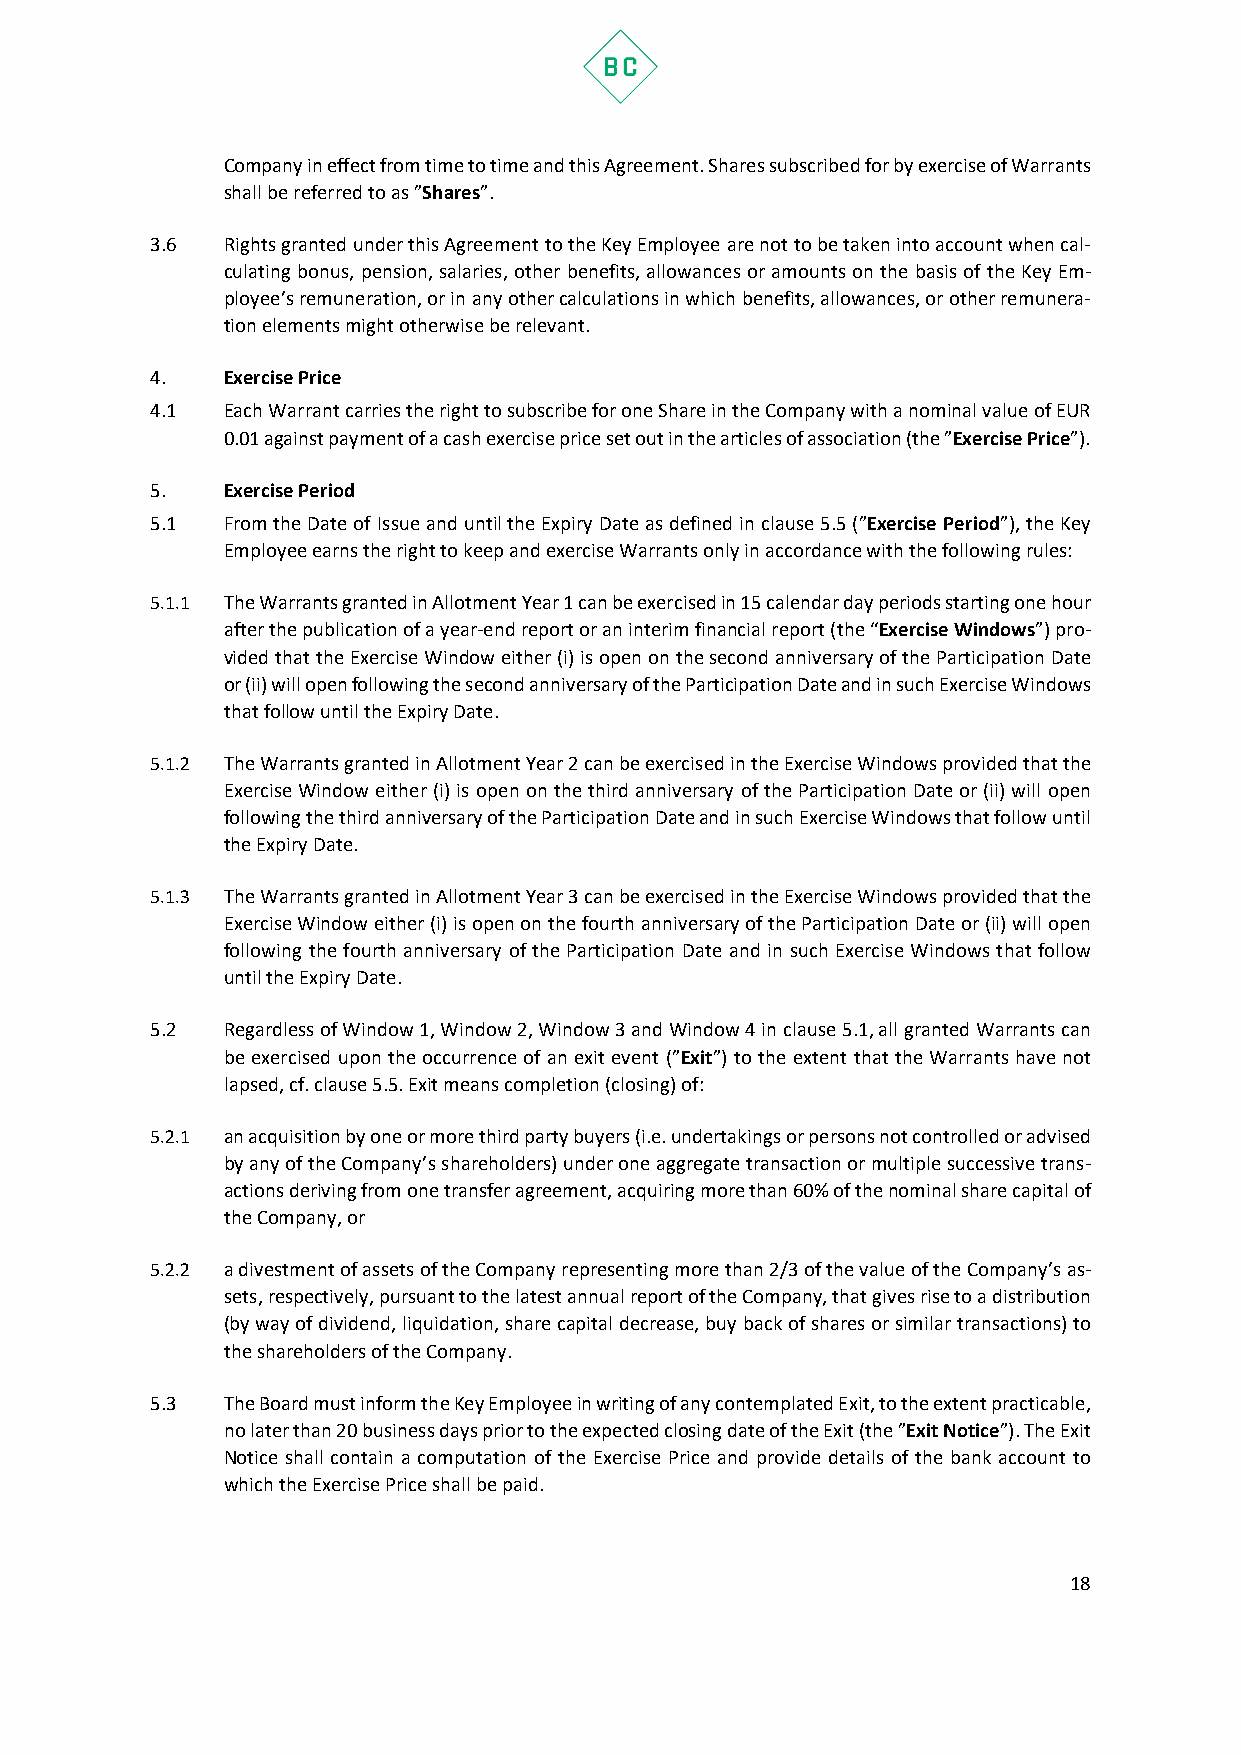
Company in effect from time to time and this Agreement. Shares subscribed for by exercise of Warrants
 shall be referred to as ”Shares”.
 3.6  Rights granted under this Agreement to the Key Employee are not to be taken into account when cal-
 culating bonus, pension, salaries, other benefits, allowances or amounts on the basis of the Key Em-
 ployee’s remuneration, or in any other calculations in which benefits, allowances, or other remunera-
 tion elements might otherwise be relevant.
 4.   Exercise Price
 4.1  Each Warrant carries the right to subscribe for one Share in the Company with a nominal value of EUR
 0.01 against payment of a cash exercise price set out in the articles of association (the ”Exercise Price”).
 5.   Exercise Period
 5.1  From the Date of Issue and until the Expiry Date as defined in clause 5.5 (”Exercise Period”), the Key
 Employee earns the right to keep and exercise Warrants only in accordance with the following rules:
 5.1.1 The Warrants granted in Allotment Year 1 can be exercised in 15 calendar day periods starting one hour
 after the publication of a year-end report or an interim financial report (the “Exercise Windows”) pro-
 vided that the Exercise Window either (i) is open on the second anniversary of the Participation Date
 or (ii) will open following the second anniversary of the Participation Date and in such Exercise Windows
 that follow until the Expiry Date.
 5.1.2 The Warrants granted in Allotment Year 2 can be exercised in the Exercise Windows provided that the
 Exercise Window either (i) is open on the third anniversary of the Participation Date or (ii) will open
 following the third anniversary of the Participation Date and in such Exercise Windows that follow until
 the Expiry Date.
 5.1.3 The Warrants granted in Allotment Year 3 can be exercised in the Exercise Windows provided that the
 Exercise Window either (i) is open on the fourth anniversary of the Participation Date or (ii) will open
 following the fourth anniversary of the Participation Date and in such Exercise Windows that follow
 until the Expiry Date.
 5.2  Regardless of Window 1, Window 2, Window 3 and Window 4 in clause 5.1, all granted Warrants can
 be exercised upon the occurrence of an exit event (”Exit”) to the extent that the Warrants have not
 lapsed, cf. clause 5.5. Exit means completion (closing) of:
 5.2.1 an acquisition by one or more third party buyers (i.e. undertakings or persons not controlled or advised
 by any of the Company’s shareholders) under one aggregate transaction or multiple successive trans-
 actions deriving from one transfer agreement, acquiring more than 60% of the nominal share capital of
 the Company, or
 5.2.2 a divestment of assets of the Company representing more than 2/3 of the value of the Company’s as-
 sets, respectively, pursuant to the latest annual report of the Company, that gives rise to a distribution
 (by way of dividend, liquidation, share capital decrease, buy back of shares or similar transactions) to
 the shareholders of the Company.
 5.3  The Board must inform the Key Employee in writing of any contemplated Exit, to the extent practicable,
 no later than 20 business days prior to the expected closing date of the Exit (the ”Exit Notice”). The Exit
 Notice shall contain a computation of the Exercise Price and provide details of the bank account to
 which the Exercise Price shall be paid.
 18